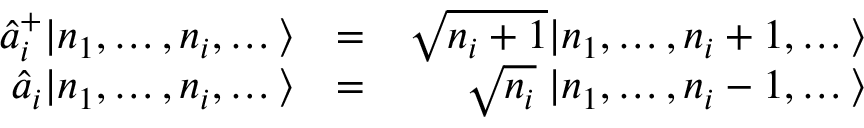
\begin{array} { r l r } { \hat { a } _ { i } ^ { + } | n _ { 1 } , \dots , n _ { i } , \dots \rangle } & { = } & { \sqrt { n _ { i } + 1 } | n _ { 1 } , \dots , n _ { i } + 1 , \dots \rangle } \\ { \hat { a } _ { i } | n _ { 1 } , \dots , n _ { i } , \dots \rangle } & { = } & { \; \; \; \; \; \sqrt { n _ { i } } \; | n _ { 1 } , \dots , n _ { i } - 1 , \dots \rangle } \end{array}